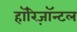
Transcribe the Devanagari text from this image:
हॉरिज़ॉन्टल